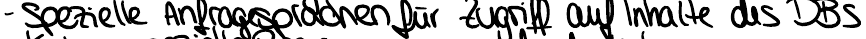
- spezielle Anfragesprachen für Zugriff auf Inhalte des DBS